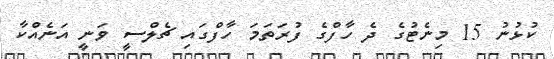
ކުޅުނު 15 މިނެޓުގެ ދެ ހާފްގެ ފުރަތަމަ ހާފްގައި ޗެލްސީ ވަނީ އަނެއްކާ